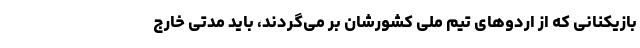
بازیکنانی که از اردو‌های تیم ملی کشورشان بر می‌گردند، باید مدتی خارج